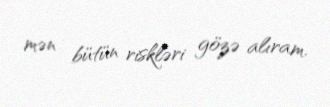
mən bütün riskləri gözə alıram.